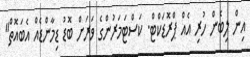
އިން ލިބެން ހުރި އެއް ޕްރޮޑަކްޓް. ކަސްޓަމަރުންގެ ވަރަށް ބޮޑު ޑިމާންޑެއް އެބައޮތް"